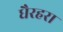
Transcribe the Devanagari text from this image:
धैरहरा